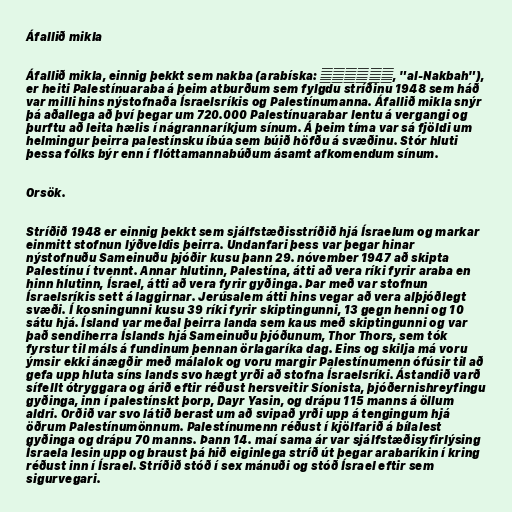
Áfallið mikla

Áfallið mikla, einnig þekkt sem nakba (arabíska: النكبة, "al-Nakbah"),
er heiti Palestínuaraba á þeim atburðum sem fylgdu stríðinu 1948 sem háð
var milli hins nýstofnaða Ísraelsríkis og Palestínumanna. Áfallið mikla snýr
þá aðallega að því þegar um 720.000 Palestínuarabar lentu á vergangi og
þurftu að leita hælis í nágrannaríkjum sínum. Á þeim tíma var sá fjöldi um
helmingur þeirra palestínsku íbúa sem búið höfðu á svæðinu. Stór hluti
þessa fólks býr enn í flóttamannabúðum ásamt afkomendum sínum.

Orsök.

Stríðið 1948 er einnig þekkt sem sjálfstæðisstríðið hjá Ísraelum og markar
einmitt stofnun lýðveldis þeirra. Undanfari þess var þegar hinar
nýstofnuðu Sameinuðu þjóðir kusu þann 29. nóvember 1947 að skipta
Palestínu í tvennt. Annar hlutinn, Palestína, átti að vera ríki fyrir araba en
hinn hlutinn, Ísrael, átti að vera fyrir gyðinga. Þar með var stofnun
Ísraelsríkis sett á laggirnar. Jerúsalem átti hins vegar að vera alþjóðlegt
svæði. Í kosningunni kusu 39 ríki fyrir skiptingunni, 13 gegn henni og 10
sátu hjá. Ísland var meðal þeirra landa sem kaus með skiptingunni og var
það sendiherra Íslands hjá Sameinuðu þjóðunum, Thor Thors, sem tók
fyrstur til máls á fundinum þennan örlagaríka dag. Eins og skilja má voru
ýmsir ekki ánægðir með málalok og voru margir Palestínumenn ófúsir til að
gefa upp hluta síns lands svo hægt yrði að stofna Ísraelsríki. Ástandið varð
sífellt ótryggara og árið eftir réðust hersveitir Síonista, þjóðernishreyfingu
gyðinga, inn í palestínskt þorp, Dayr Yasin, og drápu 115 manns á öllum
aldri. Orðið var svo látið berast um að svipað yrði upp á tengingum hjá
öðrum Palestínumönnum. Palestínumenn réðust í kjölfarið á bílalest
gyðinga og drápu 70 manns. Þann 14. maí sama ár var sjálfstæðisyfirlýsing
Ísraela lesin upp og braust þá hið eiginlega stríð út þegar arabaríkin í kring
réðust inn í Ísrael. Stríðið stóð í sex mánuði og stóð Ísrael eftir sem
sigurvegari.